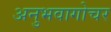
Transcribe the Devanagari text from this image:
अनुभवागोचर